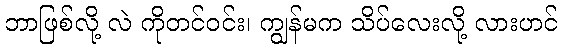
ဘာဖြစ်လို့ လဲ ကိုတင်ဝင်း၊ ကျွန်မက သိပ်လေးလို့ လားဟင်